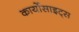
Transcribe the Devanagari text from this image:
कार्योसाइट्स